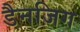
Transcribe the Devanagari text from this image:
डैनजिग